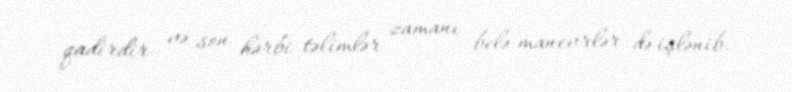
qadirdir və son hərbi təlimlər zamanı belə manevrlər də işlənib.